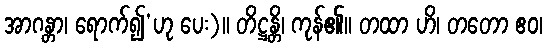
အာဂန္တာ၊ ရောက်၍’ဟု ပေး)။ တိဋ္ဌန္တိ၊ ကုန်၏။ တထာ ဟိ၊ တတော ဧဝ၊